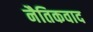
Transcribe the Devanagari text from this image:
नैतिकवाद